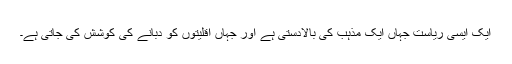
ایک ایسی ریاست جہاں ایک مذہب کی بالادستی ہے اور جہاں اقلیتوں کو دبانے کی کوشش کی جاتی ہے۔